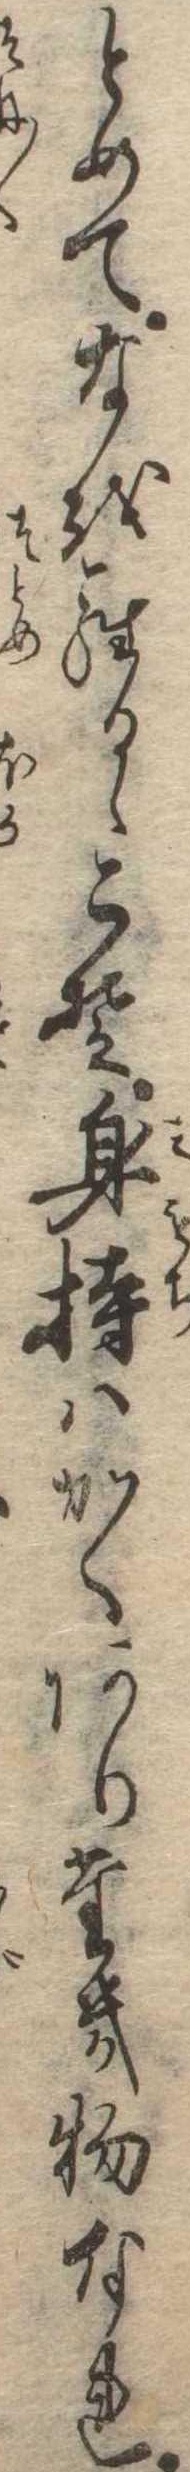
とめてなをらるゝこそ身持はかくありたき物なれ